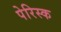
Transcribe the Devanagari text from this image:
पेरिस्क